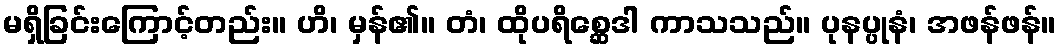
မရှိခြင်းကြောင့်တည်း။ ဟိ၊ မှန်၏။ တံ၊ ထိုပရိစ္ဆေဒါ ကာသသည်။ ပုနပ္ပုနံ၊ အဖန်ဖန်။